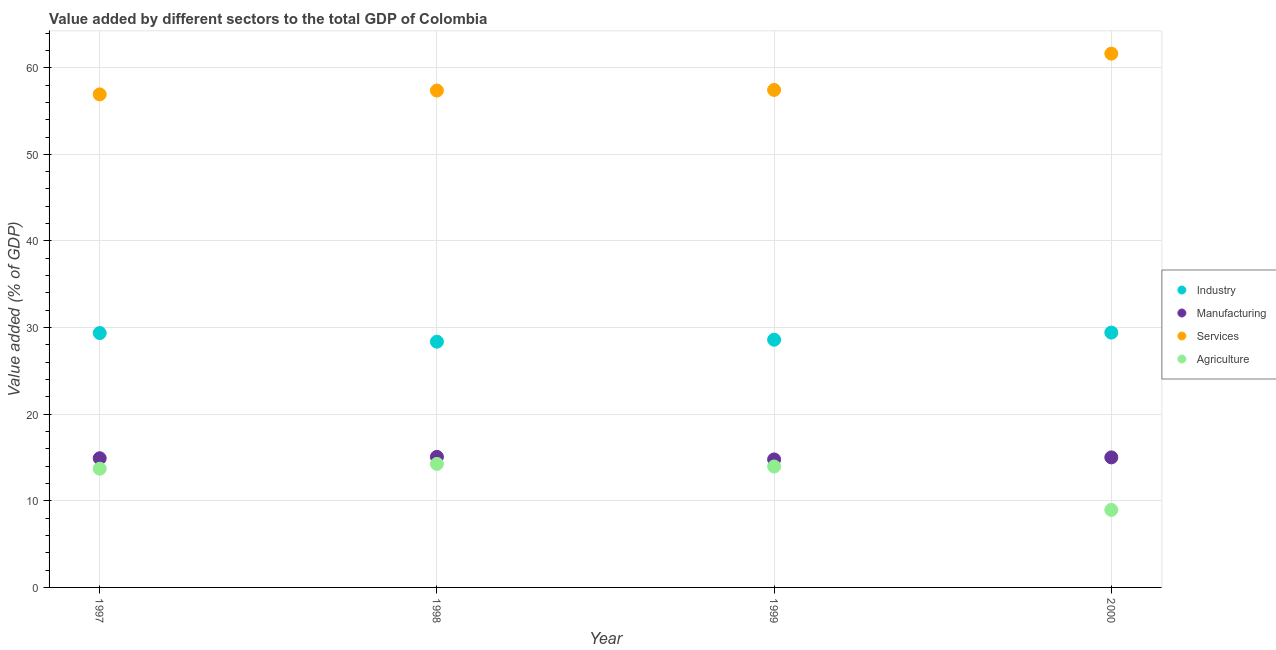
| Year | Industry | Manufacturing | Services | Agriculture |
 | --- | --- | --- | --- | --- |
 | 1997 | 29.4 | 14.9 | 56.9 | 13.7 |
 | 1998 | 28.4 | 15.1 | 57.4 | 14.3 |
 | 1999 | 28.6 | 14.8 | 57.4 | 14 |
 | 2000 | 29.4 | 15 | 61.6 | 8.95 |